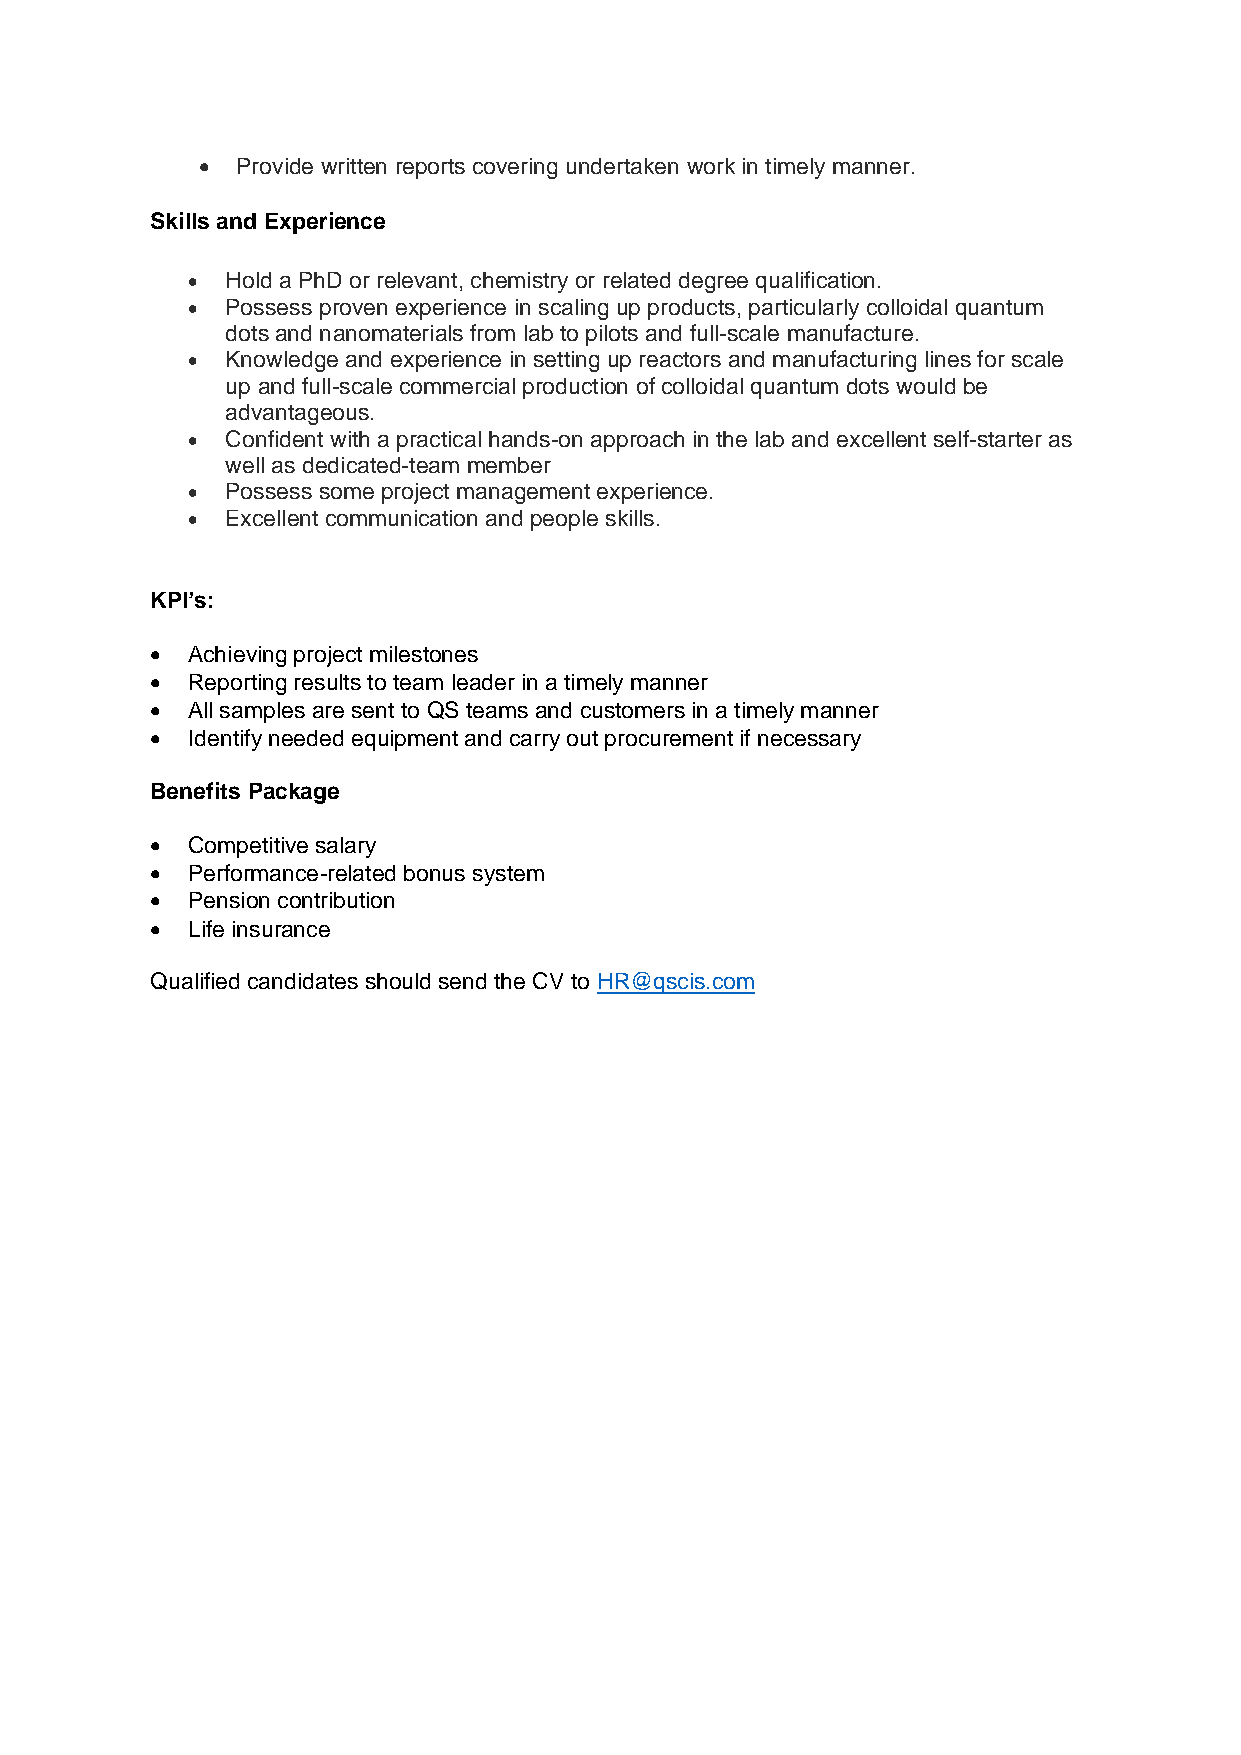
•  Provide written reports covering undertaken work in timely manner.
 Skills and Experience
 •  Hold a PhD or relevant, chemistry or related degree qualification.
 •  Possess proven experience in scaling up products, particularly colloidal quantum
 dots and nanomaterials from lab to pilots and full-scale manufacture.
 •  Knowledge and experience in setting up reactors and manufacturing lines for scale
 up and full-scale commercial production of colloidal quantum dots would be
 advantageous.
 •  Confident with a practical hands-on approach in the lab and excellent self-starter as
 well as dedicated-team member
 •  Possess some project management experience.
 •  Excellent communication and people skills.
 KPI’s:
 • Achieving project milestones
 • Reporting results to team leader in a timely manner
 • All samples are sent to QS teams and customers in a timely manner
 • Identify needed equipment and carry out procurement if necessary
 Benefits Package
 • Competitive salary
 • Performance-related bonus system
 • Pension contribution
 • Life insurance
 Qualified candidates should send the CV to HR@qscis.com